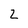
Character: 2